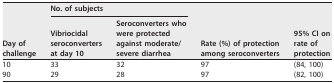
<table><thead><tr><td rowspan="2"><b>Day of challenge</b></td><td colspan="2"><b>No. of subjects</b></td><td rowspan="2"><b>Rate (%) of protection among seroconverters</b></td><td rowspan="2"><b>95% CI on rate of protection</b></td></tr><tr><td><b>Vibriocidal seroconverters at day 10</b></td><td><b>Seroconverters who were protected against moderate/severe diarrhea</b></td></tr></thead><tbody><tr><td>10</td><td>33</td><td>32</td><td>97</td><td>(84, 100)</td></tr><tr><td>90</td><td>29</td><td>28</td><td>97</td><td>(82, 100)</td></tr></tbody></table>